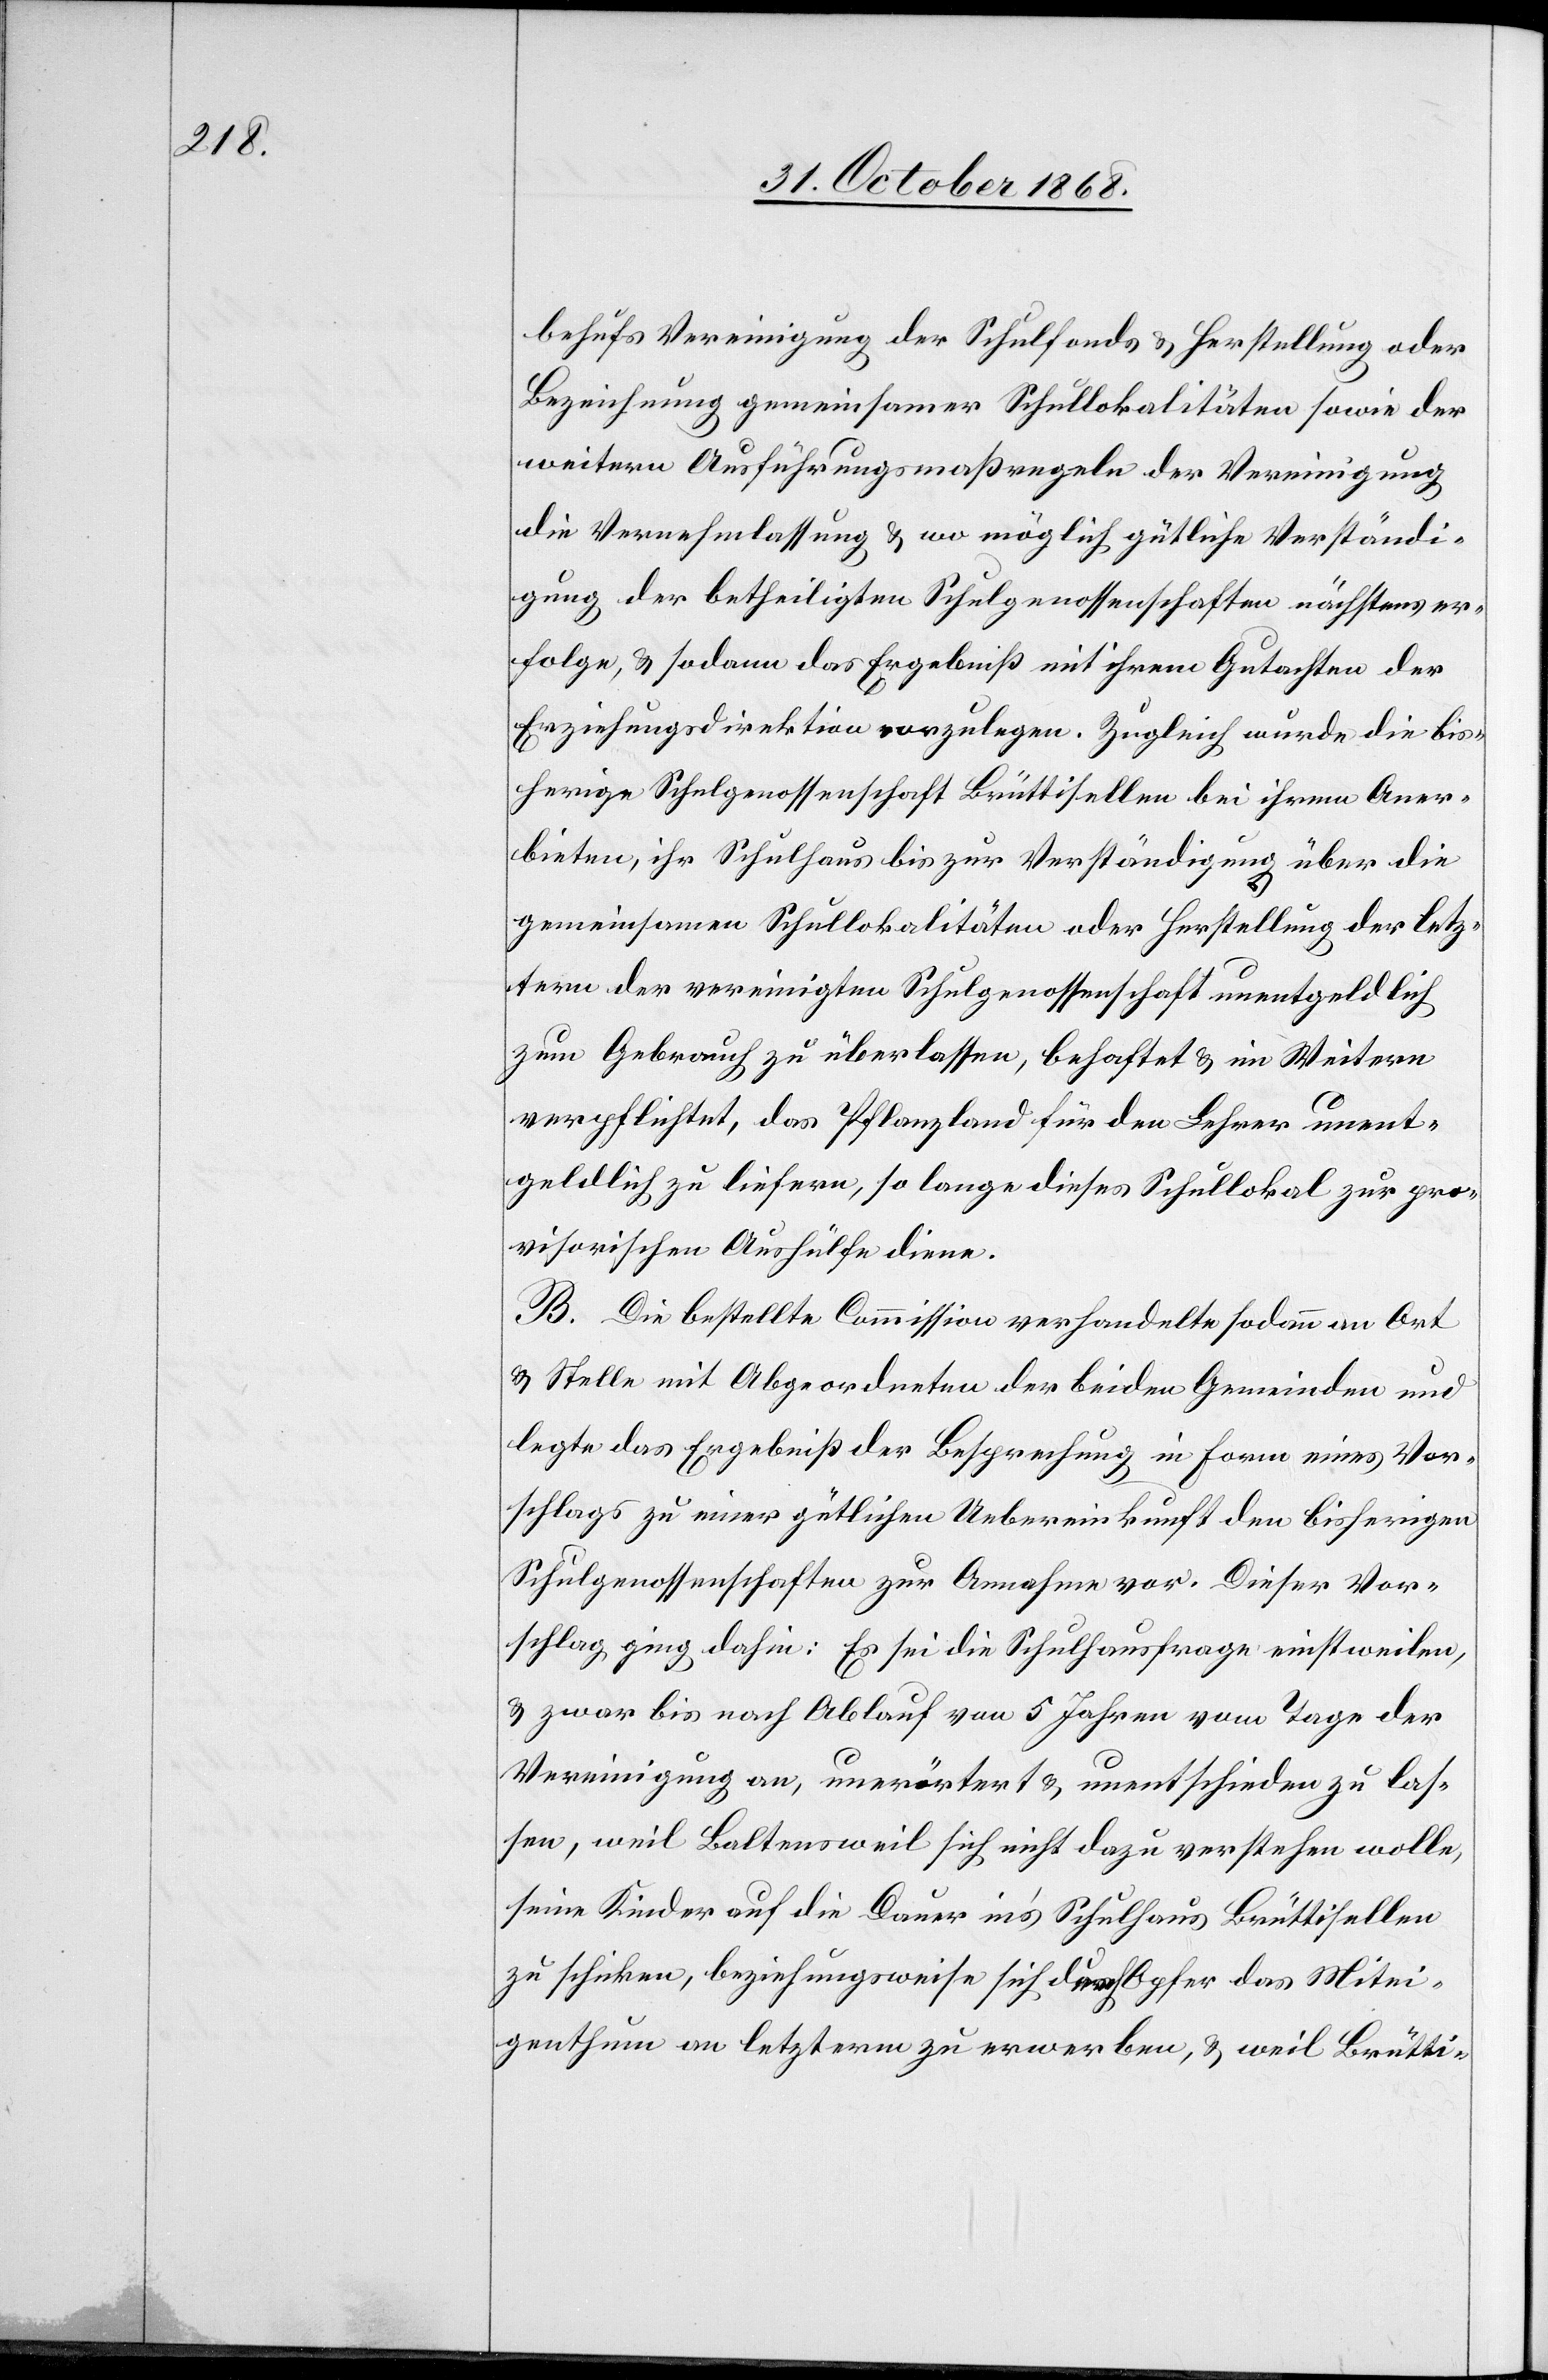
behufs Vereinigung der Schulfonds & Herstellung oder
Bezeichnung gemeinsamer Schullokalitäten sowie der
weitern Ausführungsmaßregeln der Vereinigung
die Vernehmlassung & wo möglich gütliche Verständi¬
gung der betheiligten Schulgenossenschaften nächstens er¬
folge, & sodann das Ergebniß mit ihrem Gutachten der
Erziehungsdirektion vorzulegen. Zugleich wurde die bis¬
herige Schulgenossenschaft Brüttisellen bei ihrem Aner¬
bieten, ihr Schulhaus bis zur Verständigung über die
gemeinsamen Schullokalitäten oder Herstellung der letz¬
tern der vereinigten Schulgenossenschaft unentgeldlich
zum Gebrauch zu überlassen, behaftet & im Weitern
verpflichtet, das Pflanzland für den Lehrer unent¬
geldlich zu liefern, so lange dieses Schullokal zur pro¬
visorischen Aushülfe diene.
B. Die bestellte Commission verhandelte sodann an Ort
& Stelle mit Abgeordneten der beiden Gemeinden und
legte das Ergebniß der Besprechung in Form eines Vor¬
schlags zu einer gütlichen Uebereinkunft den bisherigen
Schulgenossenschaften zur Annahme vor. Dieser Vor¬
schlag ging dahin: Es sei die Schulhausfrage einstweilen,
& zwar bis nach Ablauf von 5 Jahren vom Tage der
Vereinigung an, unerörtert & unentschieden zu las¬
sen, weil Baltensweil sich nicht dazu verstehen wolle,
seine Kinder auf die Dauer in’s Schulhaus Brüttisellen
zu schicken, beziehungsweise sich durch Opfer das Mitei¬
genthum an letzterm zu erwerben, & weil Brütti-